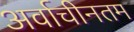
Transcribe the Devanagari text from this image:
अर्वाचीनतम